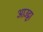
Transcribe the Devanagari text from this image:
आउट्टा